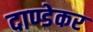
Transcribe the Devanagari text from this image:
दाण्डेकर